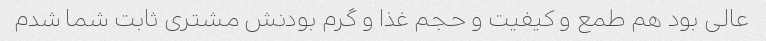
عالی بود هم طمع و کیفیت و حجم غذا و گرم بودنش مشتری ثابت شما شدم